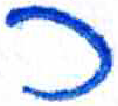
אות: כ